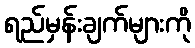
ရည်မှန်းချက်များကို